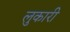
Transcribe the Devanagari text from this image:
लुकारी